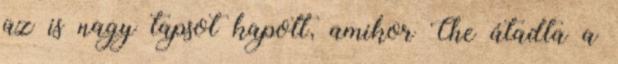
az is nagy tapsot kapott, amikor Che átadta a